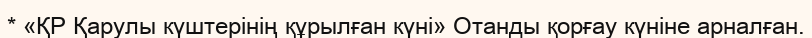
* «ҚР Қарулы күштерінің құрылған күні» Отанды қорғау күніне арналған.